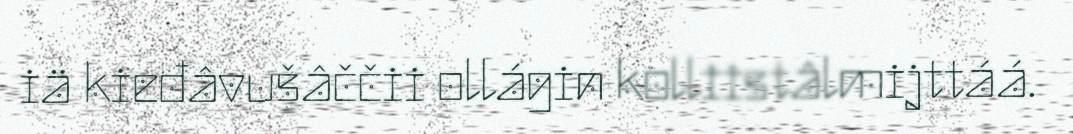
iä kieđâvušâččii ollágin kolliistâlmijttáá.